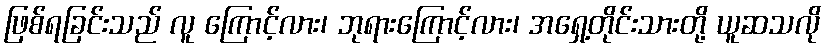
ဖြစ်ရခြင်းသည် လူ ကြောင့်လား၊ ဘုရားကြောင့်လား၊ အရှေ့တိုင်းသားတို့ ယူဆသလို